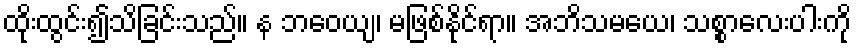
ထိုးထွင်း၍သိခြင်းသည်။ န ဘဝေယျ၊ မဖြစ်နိုင်ရာ။ အဘိသမယေ၊ သစ္စာလေးပါးကို